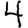
Digit: 4